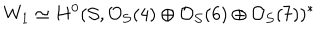
W _ { 1 } \simeq H ^ { 0 } ( { \cal S } , { \cal O } _ { { \cal S } } ( 4 ) \oplus { \cal O } _ { { \cal S } } ( 6 ) \oplus { \cal O } _ { { \cal S } } ( 7 ) ) ^ { * }